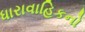
ધારાવાહિકનો